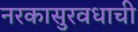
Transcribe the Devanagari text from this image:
नरकासुरवधाची